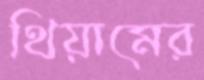
থিয়ামের